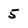
Character: 5